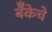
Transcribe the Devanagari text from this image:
बॅँकेचे